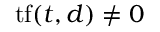
\mathrm { t f } ( t , d ) \neq 0